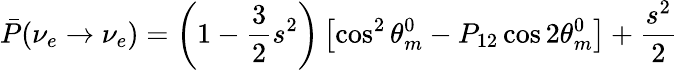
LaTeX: \bar{P}(\nu_{e}\rightarrow\nu_{e})=\left(1-\frac{3}{2}s^{2}\right)\left[\cos^{2}\theta_{m}^{0}-P_{12}\cos 2\theta_{m}^{0}\right]+\frac{s^{2}}{2}